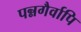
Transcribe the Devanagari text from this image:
पन्नगैर्वापि